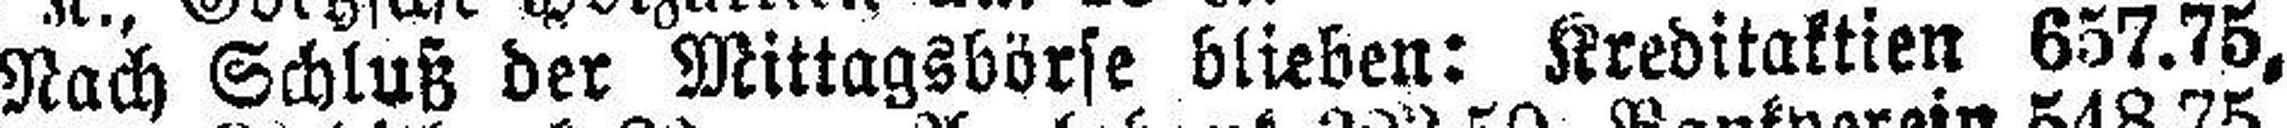
Nach Schluß der Mittagsbörse blieben: Kreditaktien 657.75,